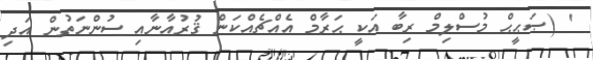
' (ޞަޙީޙް މުސްލިމް ރިބާ އަކީ ޙަރާމް އެއްޗެއްކަން ޤުރުއާނާއި ސުންނަތުން އަދި